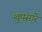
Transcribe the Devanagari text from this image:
खुपसारे